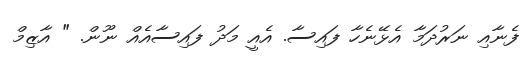
ފެނާއި ނަރުދަމާ އެޅޭނެހާ ފައިސާ. އެއީ މަދު ފައިސާއެއް ނޫން. " އާޒިމް